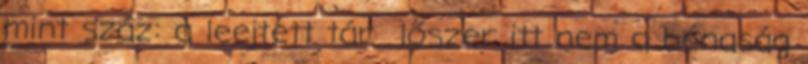
mint száz: a leejtett tár lőszer itt nem a bénaság